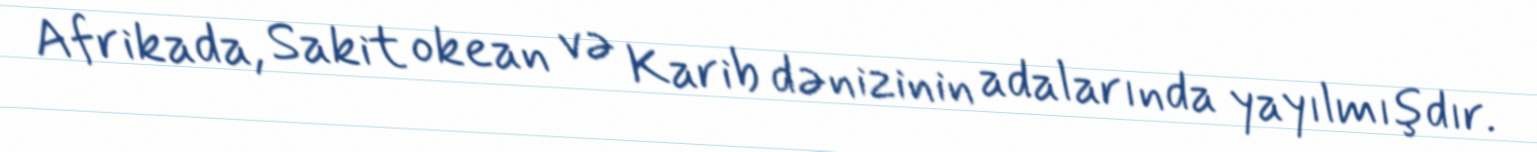
Afrikada, Sakit okean və Karib dənizinin adalarında yayılmışdır.